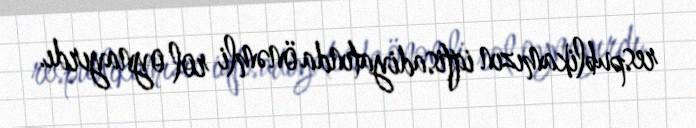
respublikamızın iqtisadiyatında önəmli rol oynayırdı.